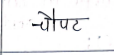
मजकूर: चौपट